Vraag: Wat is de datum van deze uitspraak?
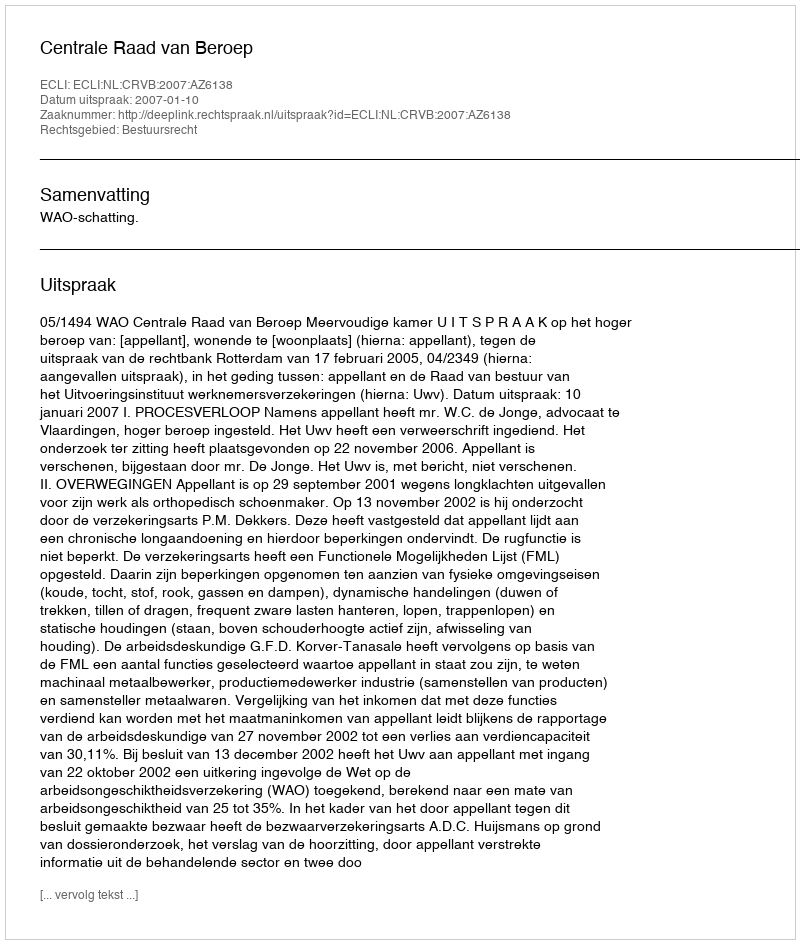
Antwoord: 2007-01-10